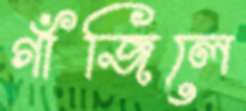
গাঁজিলে